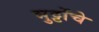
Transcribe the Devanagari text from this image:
भुट्टोंचे